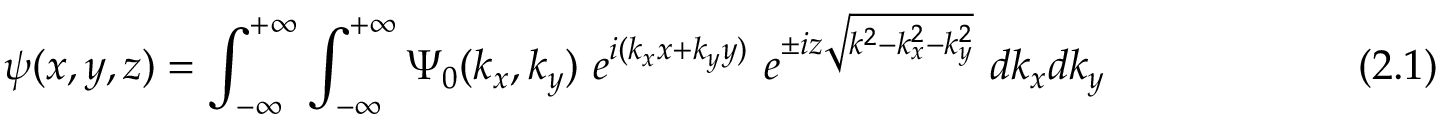
\psi ( x , y , z ) = \int _ { - \infty } ^ { + \infty } \int _ { - \infty } ^ { + \infty } \Psi _ { 0 } ( k _ { x } , k _ { y } ) ~ e ^ { i ( k _ { x } x + k _ { y } y ) } ~ e ^ { \pm i z { \sqrt { k ^ { 2 } - k _ { x } ^ { 2 } - k _ { y } ^ { 2 } } } } ~ d k _ { x } d k _ { y } ~ ~ ~ ~ ~ ~ ~ ~ ~ ~ ~ ~ ~ ~ ~ ~ ~ ~ ( 2 . 1 )